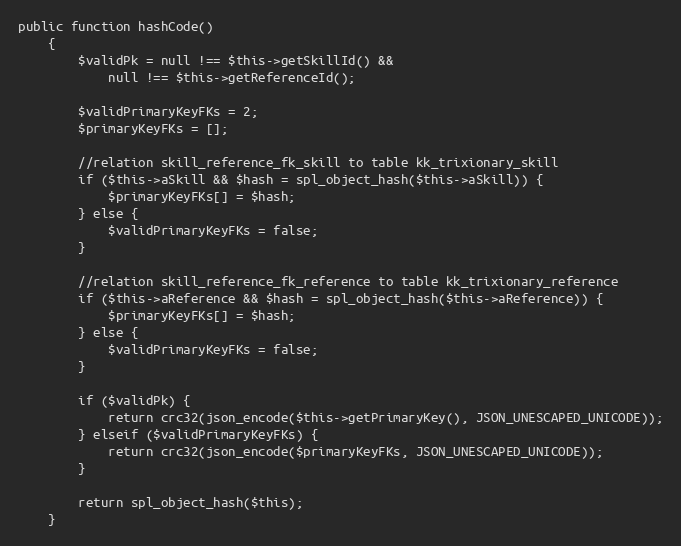
Language: PHP
public function hashCode()
    {
        $validPk = null !== $this->getSkillId() &&
            null !== $this->getReferenceId();

        $validPrimaryKeyFKs = 2;
        $primaryKeyFKs = [];

        //relation skill_reference_fk_skill to table kk_trixionary_skill
        if ($this->aSkill && $hash = spl_object_hash($this->aSkill)) {
            $primaryKeyFKs[] = $hash;
        } else {
            $validPrimaryKeyFKs = false;
        }

        //relation skill_reference_fk_reference to table kk_trixionary_reference
        if ($this->aReference && $hash = spl_object_hash($this->aReference)) {
            $primaryKeyFKs[] = $hash;
        } else {
            $validPrimaryKeyFKs = false;
        }

        if ($validPk) {
            return crc32(json_encode($this->getPrimaryKey(), JSON_UNESCAPED_UNICODE));
        } elseif ($validPrimaryKeyFKs) {
            return crc32(json_encode($primaryKeyFKs, JSON_UNESCAPED_UNICODE));
        }

        return spl_object_hash($this);
    }